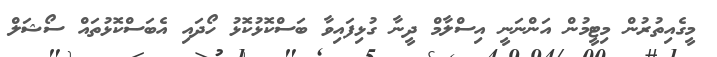
މީގެއިތުރުން މިޓީމުން އަންނަނީ އިސްލާމް ދީނާ ގުޅިފައިވާ ބަސްކޮޅުކޮޅު ހޯދައި އެބަސްކޮޅުތައް ސޯޝަލް